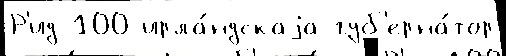
Р'ид 100 ирла́ндскаjа губ'ерна́тор